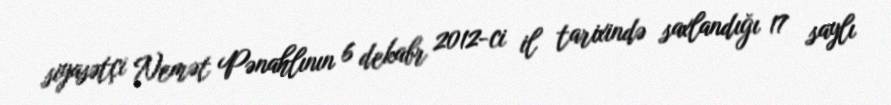
siyasətçi Nemət Pənahlının 6 dekabr 2012-ci il tarixində saxlandığı 17 saylı